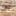
عن